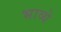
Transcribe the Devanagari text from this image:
भाव्ये